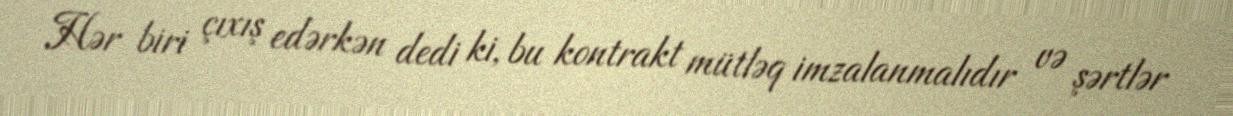
Hər biri çıxış edərkən dedi ki, bu kontrakt mütləq imzalanmalıdır və şərtlər